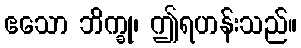
ဧသော ဘိက္ခု၊ ဤရဟန်းသည်။